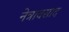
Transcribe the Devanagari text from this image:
नेत्रावसाद